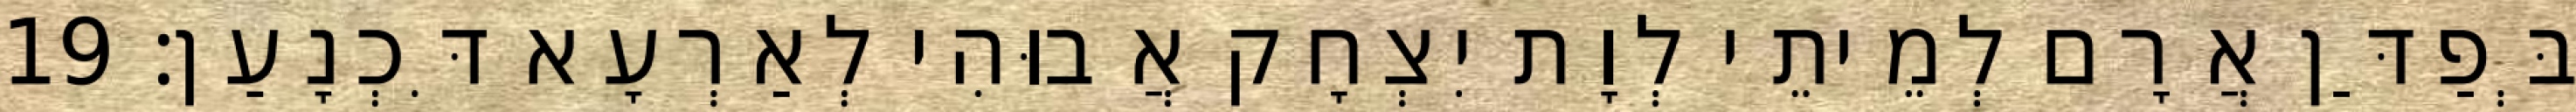
בְּפַדַּן אֲרָם לְמֵיתֵי לְוָת יִצְחָק אֲבוּהִי לְאַרְעָא דִּכְנָעַן׃ 19